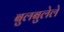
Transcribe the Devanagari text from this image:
बुलबुलेले